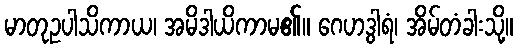
မာတုဥပါသိကာယ၊ အမိဒါယိကာမ၏။ ဂေဟဒွါရံ၊ အိမ်တံခါးသို့။